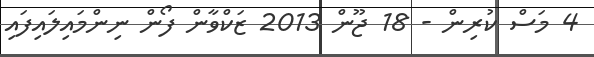
4 މަސް ކުރިން - 18 ޖޫން 2013 ޒަކްވާން ފޯން ނިންމައިލައިފައި